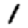
Digit: 1